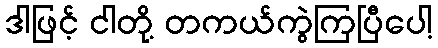
ဒါဖြင့် ငါတို့ တကယ်ကွဲကြပြီပေါ့